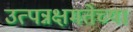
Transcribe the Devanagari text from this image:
उत्पन्नक्षमतेच्या